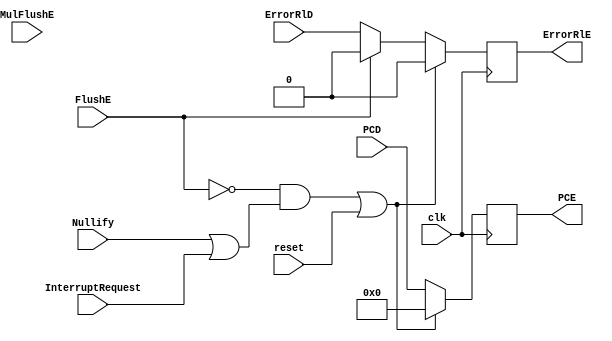
`timescale 1ns / 1ps
//////////////////////////////////////////////////////////////////////////////////
// Company: 
// Engineer: 
// 
// Design Name: 
// Module Name:    ExcCarrierD 
// Project Name: 
// Target Devices: 
// Tool versions: 
// Description: 
//
// Dependencies: 
//
// Revision: 
// Revision 0.01 - File Created
// Additional Comments: 
//
//////////////////////////////////////////////////////////////////////////////////
module ExcCarrierD(
    input InterruptRequest,
	 input clk,
	 input reset,
	 input FlushE,
	 input Nullify,
    input ErrorRlD,
	 input MulFlushE,
    output reg ErrorRlE = 0,
    input [31:0] PCD,
    output reg [31:0] PCE = 0
    );
	 always @(posedge clk) begin
		if ((!FlushE &&(Nullify || InterruptRequest)) || reset) begin
			ErrorRlE <= 0;
			PCE <= 0;
		end
		else if (FlushE) begin
			ErrorRlE <= 0;
			PCE <= PCD;
		end
		else begin
			ErrorRlE <= ErrorRlD;
			PCE <= PCD;
		end 
 	end
endmodule